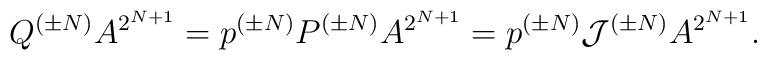
Q^{(\pm N)} A^{2^{N+1}} =p^{(\pm N)}P^{(\pm N)} A^{2^{N+1}}= p^{(\pm N)}{\cal J}^{(\pm N)}A^{2^{N+1}} .